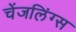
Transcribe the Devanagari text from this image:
चेंजलिंग्स